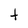
Character: t